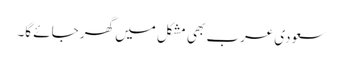
سعودی عرب بھی مشکل میں گھر جائے گا۔